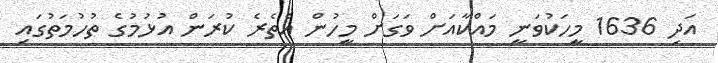
އަދި 1636 މީހަކުވަނީ މައްކާއަށް ވަގަށް މީހުން އެތެރެ ކުރަން އުޅުމުގެ ތުހުމަތުގައި